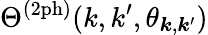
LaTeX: \Theta^{(\mathrm{2ph})}(k,k^{\prime},\theta_{\boldsymbol{k},\boldsymbol{k}^{\prime}})